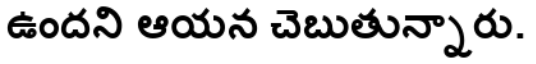
ఉందని ఆయన చెబుతున్నారు.